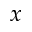
x